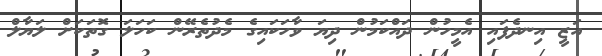
އަޒީ އިނދެފައި އެމީހުން ދައްކަމުން ދިޔަ ވާހަކައިގެ މެދުތެރޭން ކަހަލަ ގޮތަކަށް ލަޔާލް